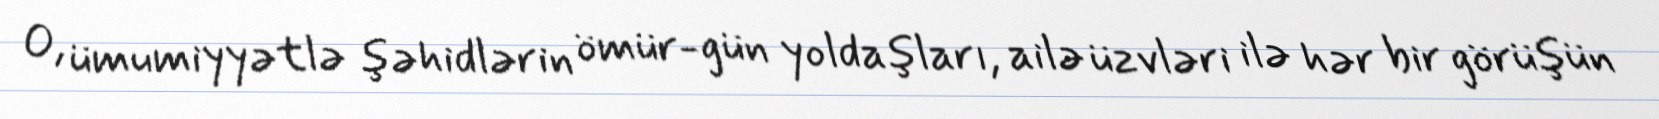
O, ümumiyyətlə şəhidlərin ömür-gün yoldaşları, ailə üzvləri ilə hər bir görüşün